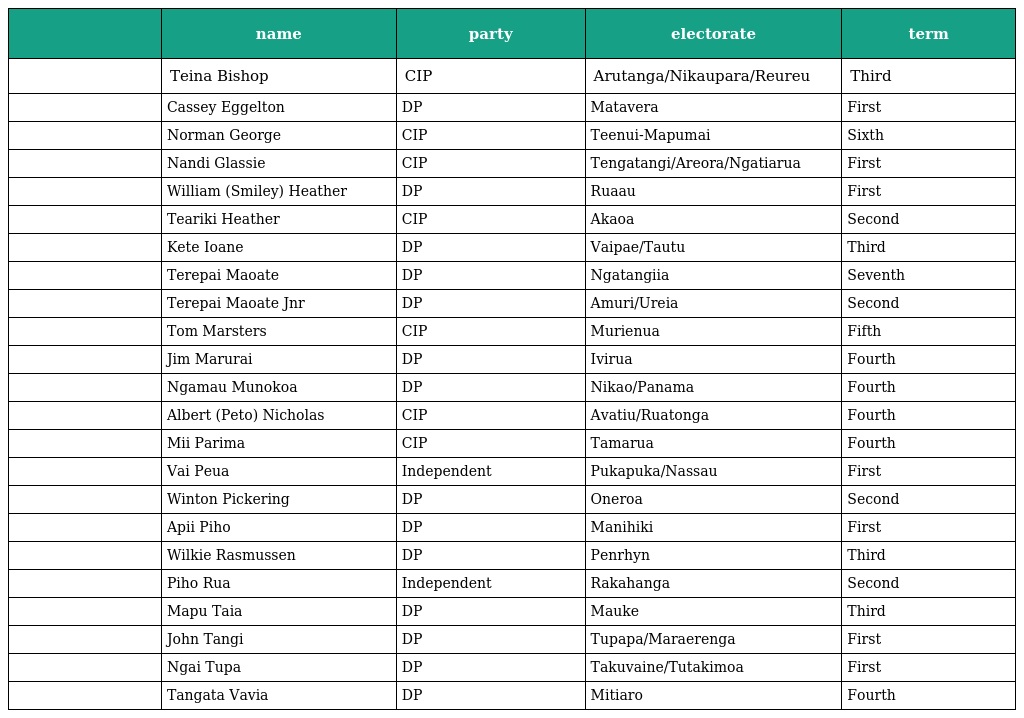
|  | name | party | electorate | term |
 | --- | --- | --- | --- | --- |
 |  | Teina Bishop | CIP | Arutanga/Nikaupara/Reureu | Third |
 |  | Cassey Eggelton | DP | Matavera | First |
 |  | Norman George | CIP | Teenui-Mapumai | Sixth |
 |  | Nandi Glassie | CIP | Tengatangi/Areora/Ngatiarua | First |
 |  | William (Smiley) Heather | DP | Ruaau | First |
 |  | Teariki Heather | CIP | Akaoa | Second |
 |  | Kete Ioane | DP | Vaipae/Tautu | Third |
 |  | Terepai Maoate | DP | Ngatangiia | Seventh |
 |  | Terepai Maoate Jnr | DP | Amuri/Ureia | Second |
 |  | Tom Marsters | CIP | Murienua | Fifth |
 |  | Jim Marurai | DP | Ivirua | Fourth |
 |  | Ngamau Munokoa | DP | Nikao/Panama | Fourth |
 |  | Albert (Peto) Nicholas | CIP | Avatiu/Ruatonga | Fourth |
 |  | Mii Parima | CIP | Tamarua | Fourth |
 |  | Vai Peua | Independent | Pukapuka/Nassau | First |
 |  | Winton Pickering | DP | Oneroa | Second |
 |  | Apii Piho | DP | Manihiki | First |
 |  | Wilkie Rasmussen | DP | Penrhyn | Third |
 |  | Piho Rua | Independent | Rakahanga | Second |
 |  | Mapu Taia | DP | Mauke | Third |
 |  | John Tangi | DP | Tupapa/Maraerenga | First |
 |  | Ngai Tupa | DP | Takuvaine/Tutakimoa | First |
 |  | Tangata Vavia | DP | Mitiaro | Fourth |